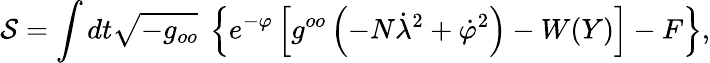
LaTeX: {\cal S}={\displaystyle\int dt\sqrt{-g_{oo}}\ \left\{ e^{-\varphi}\left[g^{oo}\left(-N\dot{\lambda}^{2}+\dot{\varphi}^{2}\right)-W(Y)\right]-F\right\} },